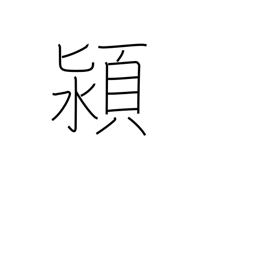
Meaning: name of a Chinese river